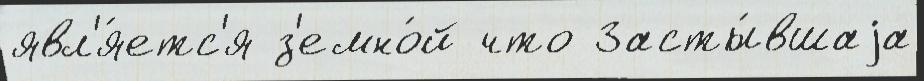
явл'я́етс'я з'емно́й что Засты́вшаjа